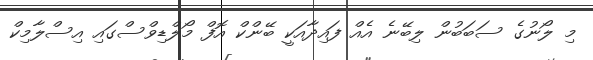
މި ލޯނުގެ ސަބަބުން ލިބޭނެ އެއް ފައިދާއަކީ ބޭންކް އޮފް މޯލްޑިވްސްގައި އިސްލާމިކް